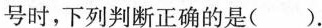
号时，下列判断正确的是()。